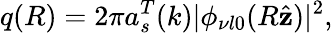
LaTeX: q(R)=2\pi a_{s}^{T}(k)|\phi_{\nu l0}(R\hat{\textbf{z}})|^{2},